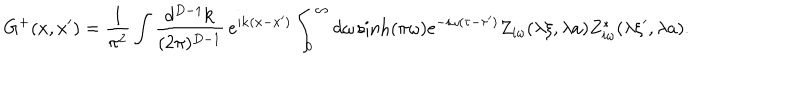
LaTeX: G ^ { + } ( x , x ^ { \prime } ) = \frac { 1 } { \pi ^ { 2 } } \int \frac { d ^ { D - 1 } { \mathbf k } } { ( 2 \pi ) ^ { D - 1 } } \, e ^ { i { \mathbf k } ( { \mathbf x } - { \mathbf x ^ { \prime } } ) } \int _ { 0 } ^ { \infty } d \omega \sinh ( \pi \omega ) e ^ { - i \omega ( \tau - \tau ^ { \prime } ) } Z _ { i \omega } ( \lambda \xi , \lambda a ) Z _ { i \omega } ^ { * } ( \lambda \xi ^ { \prime } , \lambda a ) .